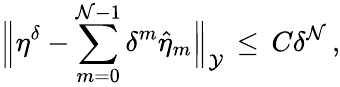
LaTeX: \Bigl\| \eta^{\delta}-\sum_{m=0}^{\mathcal{N}-1}\delta^{m}\hat{{\eta}}_{m}\Bigr\| _{\mathcal{{Y}}}\, \le\, C\delta^{\mathcal{N}}\, ,